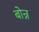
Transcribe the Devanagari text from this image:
बोन्न